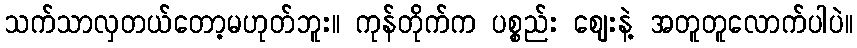
သက်သာလှတယ်တော့မဟုတ်ဘူး။ ကုန်တိုက်က ပစ္စည်း ဈေးနဲ့ အတူတူလောက်ပါပဲ။